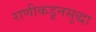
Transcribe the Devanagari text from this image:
राणीकडूनसुद्धा